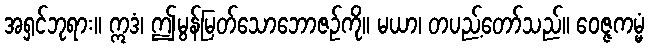
အရှင်ဘုရား။ ဣဒံ၊ ဤမွန်မြတ်သောဘောဇဉ်ကို။ မယာ၊ တပည့်တော်သည်။ ဝေဇ္ဇကမ္မံ